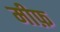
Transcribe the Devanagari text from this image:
मीफ़